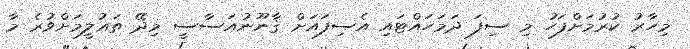
މިހާރު ކުރުމަށްފަހު މި ސިފަ ދަމަހައްޓައި އެސިފައަށް ޤާނޫނުއަސާސީ މިދޭ ތަޢުލީމަށްވުރެ މާ